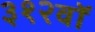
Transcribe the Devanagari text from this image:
३१२वॉ